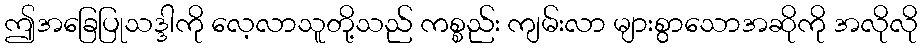
ဤအခြေပြုသဒ္ဒါကို လေ့လာသူတို့သည် ကစ္စည်း ကျမ်းလာ များစွာသောအဆိုကို အလိုလို